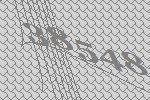
38548